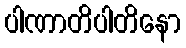
ပါဏာတိပါတိနော